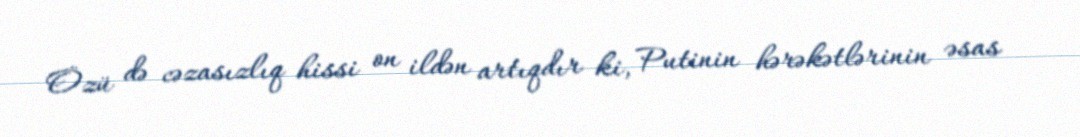
Özü də cəzasızlıq hissi on ildən artıqdır ki, Putinin hərəkətlərinin əsas